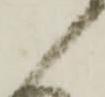
候